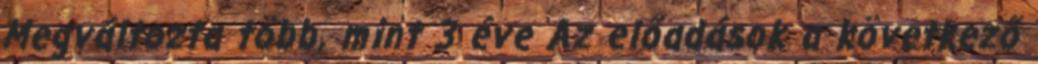
Megváltozta több, mint 3 éve Az előadások a következő